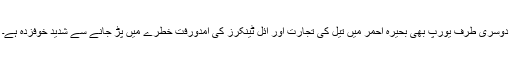
دوسری طرف یورپ بھی بحیرہ احمر میں تیل کی تجارت اور آئل ٹینکرز کی آمدورفت خطرے میں پڑ جانے سے شدید خوفزدہ ہے۔